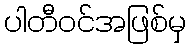
ပါတီဝင်အဖြစ်မှ